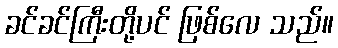
ခင်ခင်ကြီးတို့ပင် ဖြစ်လေ သည်။